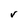
Character: v